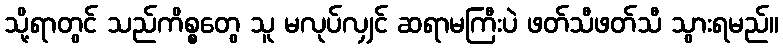
သို့ရာတွင် သည်ကိစ္စတွေ သူ မလုပ်လျှင် ဆရာမကြီးပဲ ဖတ်သီဖတ်သီ သွားရမည်။